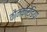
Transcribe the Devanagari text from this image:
कौनकोर्डिया